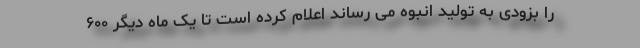
را بزودی به تولید انبوه می رساند اعلام کرده است تا یک ماه دیگر ۶۰۰